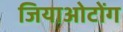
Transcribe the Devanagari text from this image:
जियाओटोंग